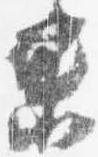
未